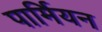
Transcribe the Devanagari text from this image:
पार्मियन